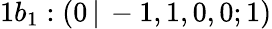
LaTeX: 1b_{1}:(0\, |\, -1,1,0,0;1)